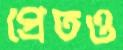
প্রেতও